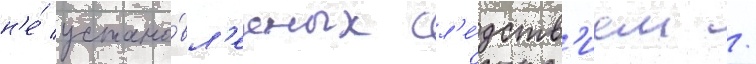
н'е́ устано́вл'енных сл'е́дств'ием /